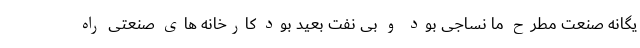
یگانه صنعت مطرح ما نساجی بود و بی نفت بعید بود کارخانه های صنعتی راه